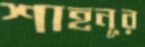
শাহনূর